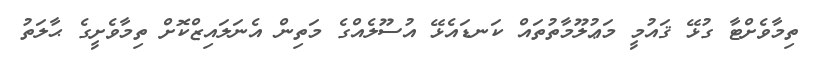
ތިމާވެށްޓާ ގުޅޭ ޤައުމީ މަޢުލޫމާތުތައް ކަނޑައެޅޭ އުސޫލެއްގެ މަތިން އެނަލައިޒްކޮށް ތިމާވެށީގެ ޙާލަތު